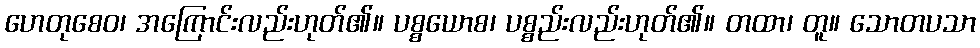
ဟေတုစေဝ၊ အကြောင်းလည်းဟုတ်၏။ ပစ္စယောစ၊ ပစ္စည်းလည်းဟုတ်၏။ တထာ၊ တူ။ သောတပသာ